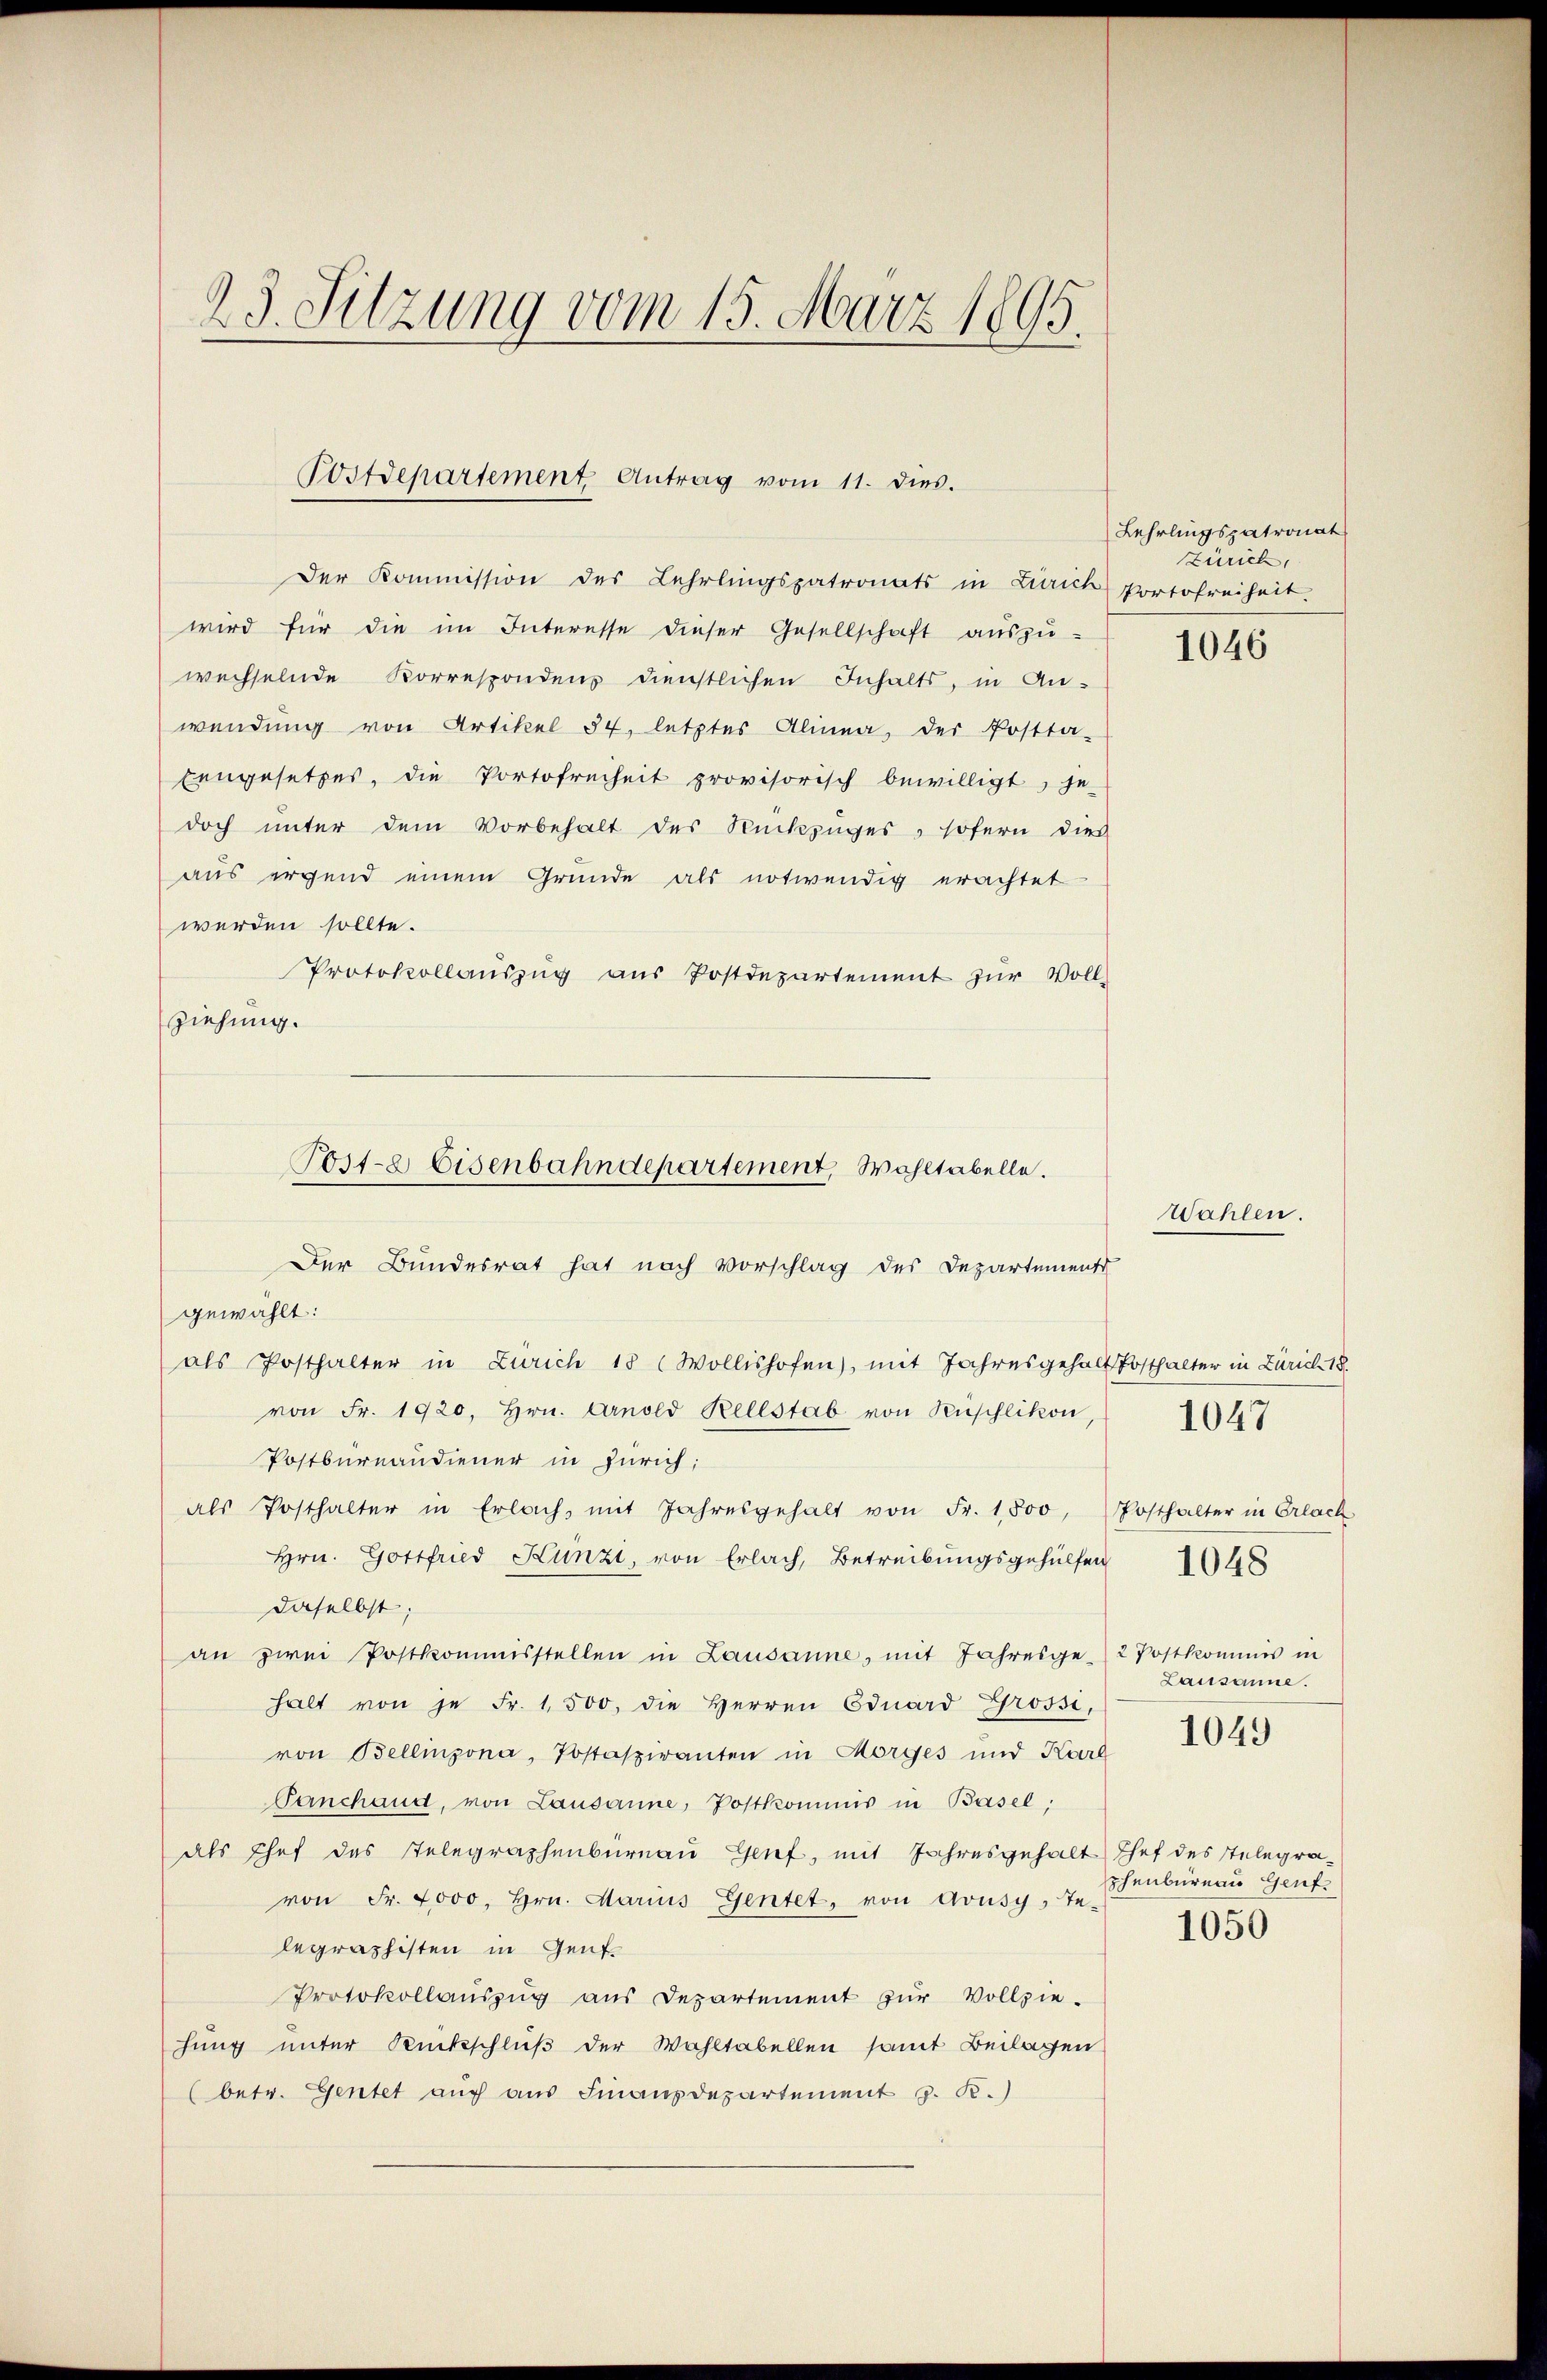
23. Sitzung vom 15. März 1895.

Postdepartement Antrag vom 11. dies.

Der Kommission des Lehrlingspatronats in Zürich Portofreiheit.
wird für die im Interesse dieser Gesellschaft aŭszŭ-
wechselnde Korrespondens dienstlichen Inhalts, in An-
wendung von Artikel 54. letztes Alinea, der Postta-
Eengesetzes, die Portofreiheit provisorisch bewilligt, je
doch unter dem Vorbehalt des Rückzŭges, sofern dies
aus irgend einem Gründe als notwendig erachtet
werden sollte.
Protokollauszug aus Postdepartement zur Vollziehung.
Der Bundesrat hat nach Vorschlag des Departements
gewählt:
als Posthalter in Zürich 18 (Wollishofen), mit Jahresgehalt Posthalter in Zürich 18.
von Fr. 1920, Hrn. Arnold Rellstab von Rüschlikon,
Postbureaudiener in Zürich;
als Posthalter in Erlach, mit Jahresgehalt von Fr. 1,800,
Hrn. Gottfried Künzi, von Erlach, Betreibŭngsgehülfen 148
daselbst;
an zwei Postkommisstellen in Lausanne, mit Jahresge-
halt von je Fr. 1500, die Herren Eduard Grossi,
von Bellinzona, Postaspiranten in Morges und Karl
Panchand, von Lausanne, Postkommis in Basel;
als Chef des Telegraphenbüreau Genf, mit Jahresgehalt
von Fr. 2000, Hrn. Marius Gentet, von Avusy, Te-
legraphisten in Genf.
Protokollauszug aus Departement zur Vollzie-
hung unter Rückschluß der Wahltabellen samt Beilagen
(betr. Gentet auch aus Finanzdepartement z. R.)

Post-8 Eisenbahndepartement, Wahltabelle.

Lehrlingspatronat
Zürich,

1046

Wahlen.

Posthalter in Erlach
2 Postkommis in
Lausanne.
1049

1047

Chef des Telegraphenbureau Genf.
1050